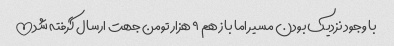
با وجود نزدیک بودن مسیر اما باز هم ٩ هزار تومن جهت ارسال گرفته شد!!!!